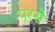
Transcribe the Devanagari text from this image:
पूरसे